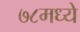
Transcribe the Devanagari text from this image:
७८मध्ये